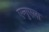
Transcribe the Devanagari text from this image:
एन्गुएला